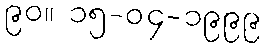
၉၀။ ၁၅-၀၄-၁၉၉၉